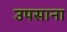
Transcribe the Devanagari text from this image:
उपसाना